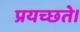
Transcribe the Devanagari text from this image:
प्रयच्छते।